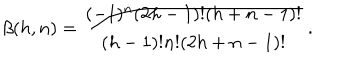
LaTeX: \beta ( h , n ) = { \frac { ( - 1 ) ^ { n } ( 2 h - 1 ) ! ( h + n - 1 ) ! } { ( h - 1 ) ! n ! ( 2 h + n - 1 ) ! } } \, .